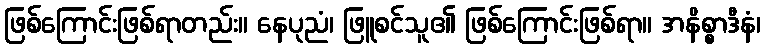
ဖြစ်ကြောင်းဖြစ်ရာတည်း။ နေပုညံ၊ ဖြူစင်သူ၏ ဖြစ်ကြောင်းဖြစ်ရာ။ အနိစ္စာဒီနံ၊